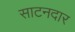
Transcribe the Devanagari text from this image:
साटनदार